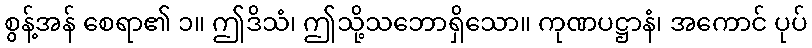
စွန့်အန် စေရာ၏ ၁။ ဤဒိသံ၊ ဤသို့သဘောရှိသော။ ကုဏပဋ္ဌာနံ၊ အကောင် ပုပ်